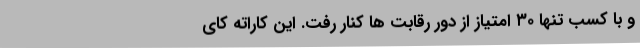
و با کسب تنها ۳۰ امتیاز از دور رقابت ها کنار رفت. این کاراته کای